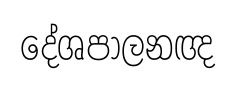
දේශපාලනඥ